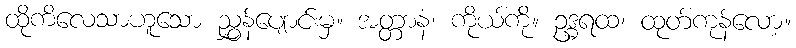
ထိုကိလေသာဟူသော ညွှန်ပျောင်းမှ။ အတ္တာနံ၊ ကိုယ်ကို။ ဥဒ္ဓရထ၊ ထုတ်ကုန်လော့။